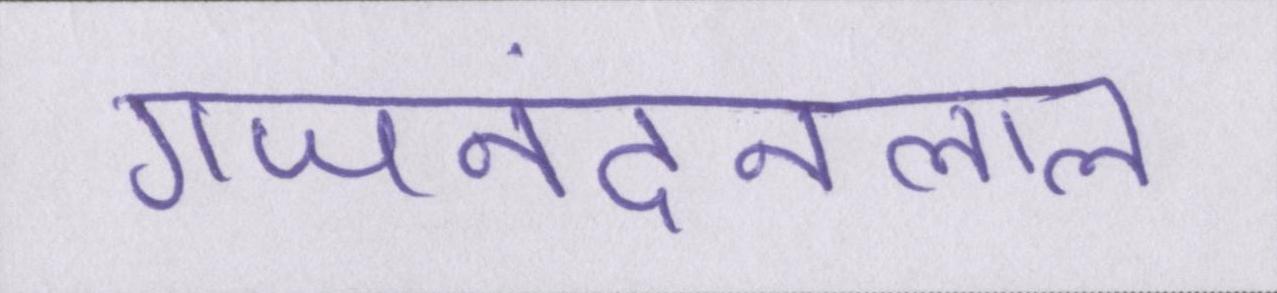
गजनंदनलाल